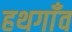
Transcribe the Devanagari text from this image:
हथगाँव